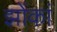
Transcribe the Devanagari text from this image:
झोंकां